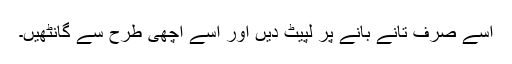
اسے صرف تانے بانے پر لپیٹ دیں اور اسے اچھی طرح سے گانٹھیں۔